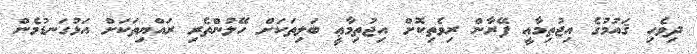
ދިވެހި ޤައުމުގެ އިޖުތިމާޢީ ފޭރާން ރިވެތިކޮށް އިޖުތިމާޢީ ބަލިތަކަށް ހޭލުންތެރި ރައްޔިތަކަށް އަޅުގަނޑުމެން